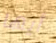
أيها